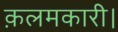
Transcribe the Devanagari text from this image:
क़लमकारी।